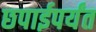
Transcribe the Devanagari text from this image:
छपाईपर्यंत